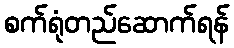
စက်ရုံတည်ဆောက်ရန်